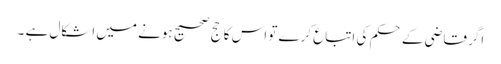
اگر قاضی کے حکم کی اتباع کرے تو اس کا حج صحیح ہونے میں اشکال ہے ۔